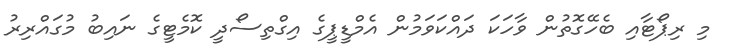
މި ރިޕޯޓާއި ބެހޭގޮތުން ވާހަކަ ދައްކަވަމުން އެމްޑީޕީގެ އިގްތިސޯދީ ކޮމެޓީގެ ނައިބު މުގައްރިރު